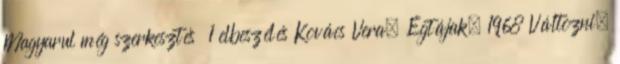
Magyarul még szerkesztés 1 elbeszélés Kovács Vera, Égtájak, 1968 Változni.